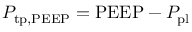
P _ { \mathrm { t p , P E E P } } = \mathrm { P E E P } - P _ { \mathrm { p l } }